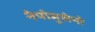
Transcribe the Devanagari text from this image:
नेपोमुसेनो